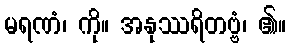
မရဏံ၊ ကို။ အနုဿရိတဗ္ဗံ၊ ၏။